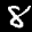
Label: 8